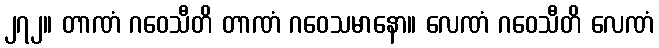
၂၇၂။ တာဏံ ဂဝေသီတိ တာဏံ ဂဝေသမာနော။ လေဏံ ဂဝေသီတိ လေဏံ